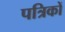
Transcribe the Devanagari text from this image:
पत्रिकों